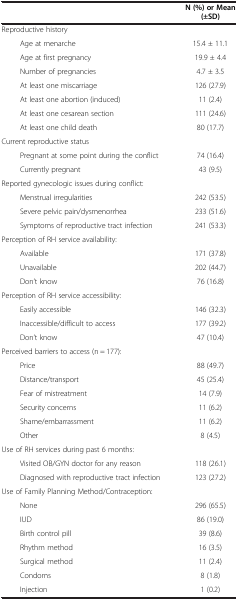
|  | N (%) or Mean (±SD) |
 | --- | --- |
 | Reproductive history |  |
 | Age at menarche | 15.4 ± 11.1 |
 | Age at first pregnancy | 19.9 ± 4.4 |
 | Number of pregnancies | 4.7 ± 3.5 |
 | At least one miscarriage | 126 (27.9) |
 | At least one abortion (induced) | 11 (2.4) |
 | At least one cesarean section | 111 (24.6) |
 | At least one child death | 80 (17.7) |
 | Current reproductive status |  |
 | Pregnant at some point during the conflict | 74 (16.4) |
 | Currently pregnant | 43 (9.5) |
 | Reported gynecologic issues during conflict: |  |
 | Menstrual irregularities | 242 (53.5) |
 | Severe pelvic pain/dysmenorrhea | 233 (51.6) |
 | Symptoms of reproductive tract infection | 241 (53.3) |
 | Perception of RH service availability: |  |
 | Available | 171 (37.8) |
 | Unavailable | 202 (44.7) |
 | Don’t know | 76 (16.8) |
 | Perception of RH service accessibility: |  |
 | Easily accessible | 146 (32.3) |
 | Inaccessible/difficult to access | 177 (39.2) |
 | Don’t know | 47 (10.4) |
 | Perceived barriers to access (n = 177): |  |
 | Price | 88 (49.7) |
 | Distance/transport | 45 (25.4) |
 | Fear of mistreatment | 14 (7.9) |
 | Security concerns | 11 (6.2) |
 | Shame/embarrassment | 11 (6.2) |
 | Other | 8 (4.5) |
 | Use of RH services during past 6 months: |  |
 | Visited OB/GYN doctor for any reason | 118 (26.1) |
 | Diagnosed with reproductive tract infection | 123 (27.2) |
 | Use of Family Planning Method/Contraception: |  |
 | None | 296 (65.5) |
 | IUD | 86 (19.0) |
 | Birth control pill | 39 (8.6) |
 | Rhythm method | 16 (3.5) |
 | Surgical method | 11 (2.4) |
 | Condoms | 8 (1.8) |
 | Injection | 1 (0.2) |